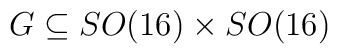
G \subseteq SO(16) \times SO(16)